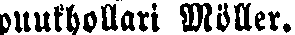
puukhollari Möller.